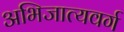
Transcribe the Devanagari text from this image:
अभिजात्यवर्ग